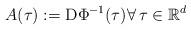
LaTeX: \begin{align*} A(\tau) := \mathrm{D}\Phi^{-1}(\tau) \forall \, \tau \in \mathbb{R}^d\end{align*}